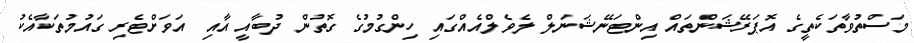
މަސްތުވާތަކެތީގެ އޮޕަރޭޝަންތައް އިންޓަނޭޝަނަލް ލެވެލްއެއްގައި ހިންގުމުގެ ގޮތުން ދުބާއީ އާއި އަވަށްޓެރި ގައުމުތަކާއެކު